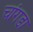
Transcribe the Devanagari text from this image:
चांगडा